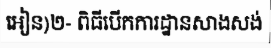
អៀន)២- ពិធីបើកការដ្ឋានសាងសង់